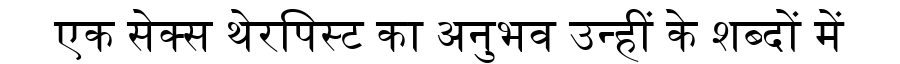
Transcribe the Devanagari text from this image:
एक सेक्स थेरपिस्ट का अनुभव उन्हीं के शब्दों में